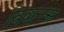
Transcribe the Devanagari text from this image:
विवान्त्स